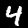
Label: 4